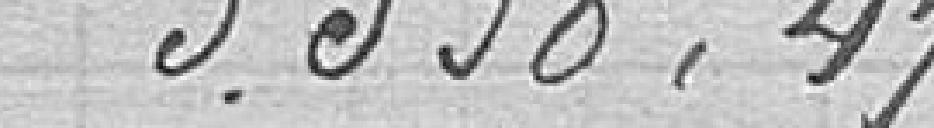
5.538,47